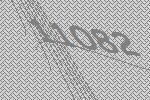
11082